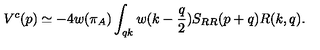
V ^ { c } ( p ) \simeq - 4 w ( \pi _ { A } ) \int _ { q k } w ( k - { \frac { q } { 2 } } ) S _ { R R } ( p + q ) R ( k , q ) .